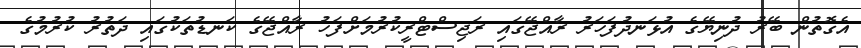
އެގޮތުން ބޭރު ދުނިޔޭގެ އުޅަނދުފަހަރު ރާއްޖޭގައި ރަޖިސްޓްރީކުރުމަށްފަހު ރާއްޖޭގެ ކަނޑުތަކުގައި ދަތުރު ކުރުމުގެ